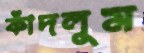
কাঁদলুম